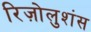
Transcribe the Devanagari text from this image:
रिज़ोलुशंस